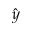
\hat { y }